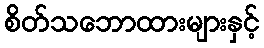
စိတ်သဘောထားများနှင့်